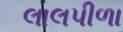
લાલપીળા